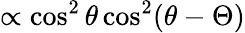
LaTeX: \propto\cos^{2}\theta\cos^{2}(\theta-\Theta)